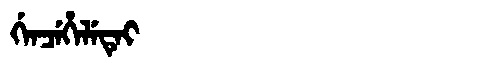
Manchu: ᡤᡝᠨᠴᡝᡥᡝᠯᡝᡨᡝᡳ
Romanization: GENCEHELETEI